Civil Veterinary Dept. Bombay admin report 1914-1922 - 1914-1922
Year: 1914
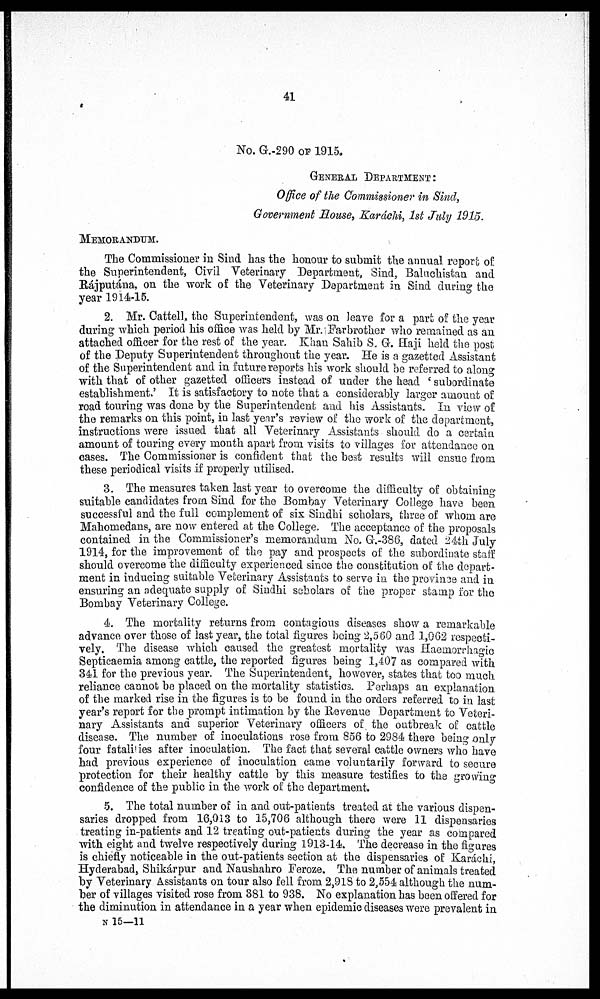
41
No. G.-290 OF 1915.
GENERAL DEPARTMENT:
Office of the Commissioner in Sind,
Government House, Karáchi, 1st July 1915.
MEMORANDUM.
The Commissioner in Sind has the honour to submit the annual report of
the Superintendent, Civil Veterinary Department, Sind, Baluchistan and
Rájputána, on the work of the Veterinary Department in Sind during the
year 1914-15.
2. Mr. Cattell, the Superintendent, was on leave for a part of the year
during which period his office was held by Mr. Farbrother who remained as an
attached officer for the rest of the year. Khan Sahib S, G. Haji held the post
of the Deputy Superintendent throughout the year. He is a gazetted Assistant
of the Superintendent and in future reports his work should be referred to along
with that of other gazetted officers instead of under the head 'subordinate
establishment.' It is satisfactory to note that a considerably larger amount of
road touring was done by the Superintendent and his Assistants. In view of
the remarks on this point, in last year's review of the work of the department,
instructions were issued that all Veterinary Assistants should do a certain
amount of touring every month apart from visits to villages for attendance on
cases. The Commissioner is confident that the best results will ensue from
these periodical visits if properly utilised.
3. The measures taken last year to overcome the difficulty of obtaining
suitable candidates from Sind for the Bombay Veterinary College have been
successful and the full complement of six Sindhi scholars, three of whom are
Mahomedans, are now entered at the College. The acceptance of the proposals
contained in the Commissioner's memorandum No. G.-386, dated 24th July
1914, for the improvement of the pay and prospects of the subordinate staff
should overcome the difficulty experienced since the constitution of the depart-
ment in inducing suitable Veterinary Assistants to serve in the province and in
ensuring an adequate supply of Sindhi scholars of the proper stamp for the
Bombay Veterinary College.
4. The mortality returns from contagious diseases show a remarkable
advance over those of last year, the total figures being 2,560 and 1,062 respecti-
vely. The disease which caused the greatest mortality was Hæmorrhagic
Septicaemia among cattle, the reported figures being 1,407 as compared with
341 for the previous year. The Superintendent, however, states that too much
reliance cannot be placed on the mortality statistics. Perhaps an explanation
of the marked rise in the figures is to be found in the orders referred to in last
year's report for the prompt intimation by the Revenue Department to Veteri-
nary Assistants and superior Veterinary officers of the outbreak of cattle
disease. The number of inoculations rose from 856 to 2984 there being only
four fatalities after inoculation. The fact that several cattle owners who have
had previous experience of inoculation came voluntarily forward to secure
protection for their healthy cattle by this measure testifies to the growing
confidence of the public in the work of the department.
5. The total number of in and out-patients treated at the various dispen-
saries dropped from 16,013 to 15,706 although there were 11 dispensaries
treating in-patients and 12 treating out-patients during the year as compared
with eight and twelve respectively during 1913-14. The decrease in the figures
is chiefly noticeable in the out-patients section at the dispensaries of Karáchi,
Hyderabad, Shikárpur and Naushahro Feroze. The number of animals treated
by Veterinary Assistants on tour also fell from. 2,918 to 2,554 although the num-
-er of villages visited rose from 381 to 938. No explanation has been offered for
the diminution in attendance in a year when epidemic diseases were prevalent in
N 15—11